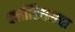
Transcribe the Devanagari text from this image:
क्लॉडियसचा